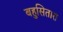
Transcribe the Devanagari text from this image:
बहुसितारा